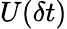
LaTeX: U(\delta t)